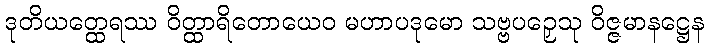
ဒုတိယတ္ထေရဿ ဝိတ္ထာရိတောယေဝ မဟာပဒုမော သဗ္ဗပဉှေသု ဝိဇ္ဇမာနဋ္ဌေန